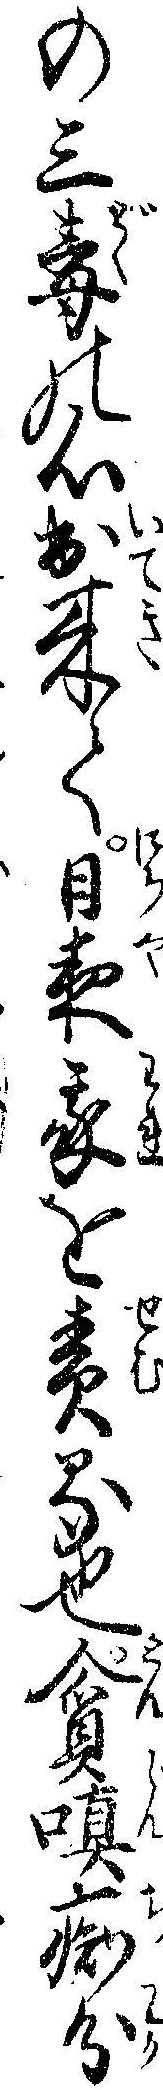
の三毒の心出来て日夜我を責る也貪痴分